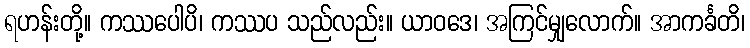
ရဟန်းတို့။ ကဿပေါပိ၊ ကဿပ သည်လည်း။ ယာဝဒေ၊ အကြင်မျှလောက်။ အာကင်္ခတိ၊